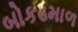
બોકડમાળ